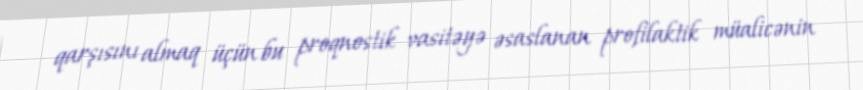
qarşısını almaq üçün bu proqnostik vasitəyə əsaslanan profilaktik müalicənin